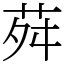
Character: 荈